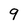
Character: 9